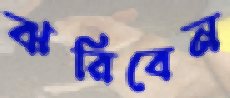
ঝরিবেন